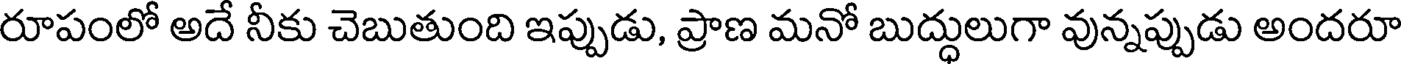
రూపంలో అదే నీకు చెబుతుంది ఇప్పుడు, ప్రాణ మనో బుద్ధులుగా వున్నప్పుడు అందరూ